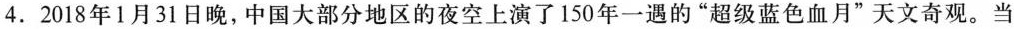
4.2018年1月31日晚，中国大部分地区的夜空上演了150年一遇的”超级蓝色血月”天文奇观。当